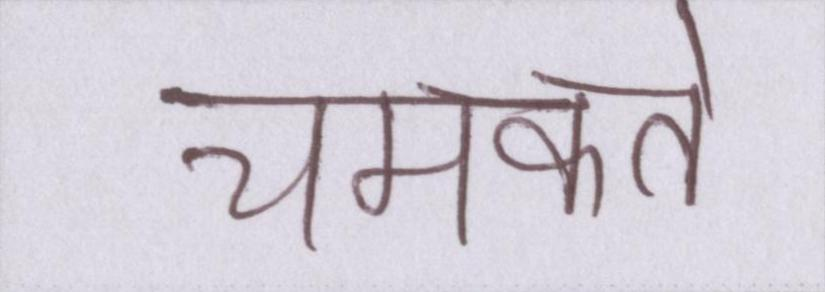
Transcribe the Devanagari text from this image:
चमकते